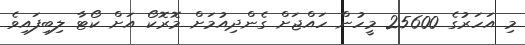
މި އަހަރުގެ 25600 މީހުން ހައްޖަށް ގެންދިއުމަށް މޮރޮކޯ އަށް ކޯޓާ ލިބިފައިވެ